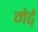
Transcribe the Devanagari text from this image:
मेढे़